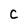
Character: C